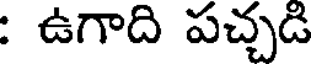
: ఉగాది పచ్చడి